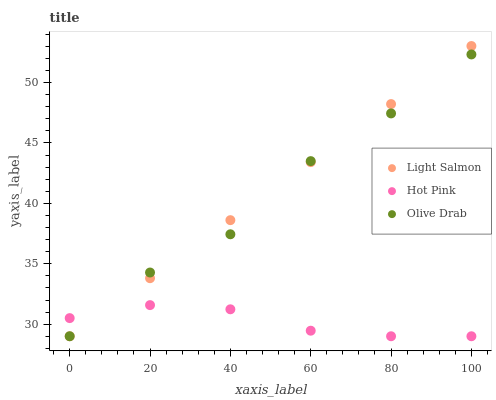
| xaxis_label | Light Salmon | Hot Pink | Olive Drab |
 | --- | --- | --- | --- |
 | 0 | 29 | 30.5 | 29 |
 | 20 | 33.8 | 31.6 | 34.3 |
 | 40 | 38.6 | 31.2 | 37.4 |
 | 60 | 43.4 | 29.5 | 43.5 |
 | 80 | 48.2 | 29 | 47.4 |
 | 100 | 53 | 29 | 52.3 |